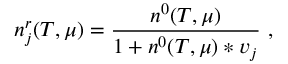
n _ { j } ^ { r } ( T , \mu ) = \frac { n ^ { 0 } ( T , \mu ) } { 1 + n ^ { 0 } ( T , \mu ) \ast v _ { j } } ~ ,